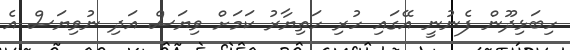
ހިބަޅިދޫން ފެނުނީ އޭގައި ހުރި ހަތިޔާރު ކަމަށް ވިޔަސް އަދި ނުވިޔަސް އެ